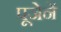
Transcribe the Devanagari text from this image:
पूजेनें